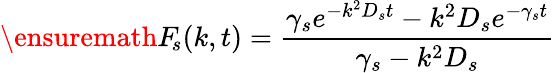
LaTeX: \ensuremath{F_{\! s}}(k,t)=\frac{\gamma_{s}e^{-k^{2}D_{s}t}-k^{2}D_{s}e^{-\gamma_{s}t}}{\gamma_{s}-k^{2}D_{s}}